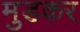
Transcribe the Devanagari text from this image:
मुडकर